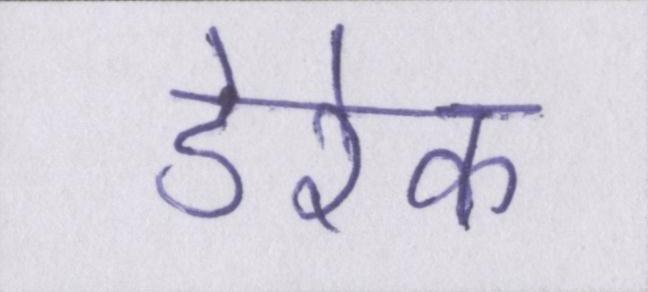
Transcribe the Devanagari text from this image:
डेरेक